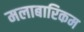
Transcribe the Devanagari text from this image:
मलाबारिकम